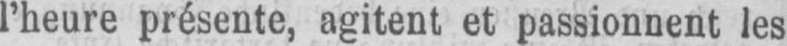
l’heure présente, agitent et passionnent les